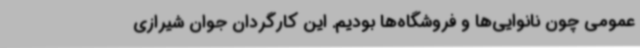
عمومی چون نانوایی‌ها و فروشگاه‌ها بودیم. این کارگردان جوان شیرازی